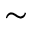
\sim